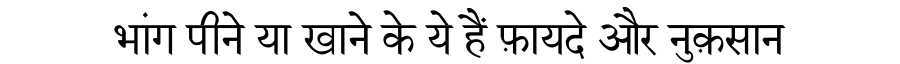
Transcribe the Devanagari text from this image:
भांग पीने या खाने के ये हैं फ़ायदे और नुक़सान